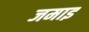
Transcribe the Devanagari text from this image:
जमाइ